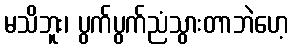
မသိဘူး၊ ပွက်ပွက်ညံသွားတာဘဲဟေ့